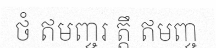
ថំ ឥមញ្ចរ ត្តឹ ឥមញ្ច